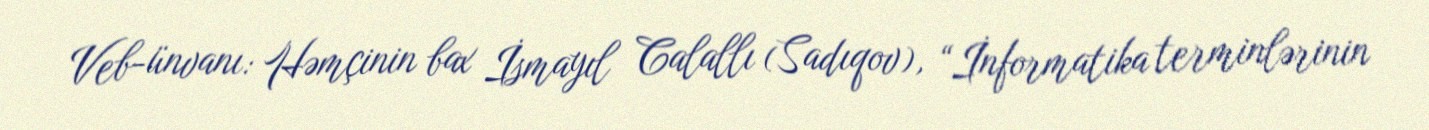
Veb-ünvanı: Həmçinin bax İsmayıl Calallı (Sadıqov), “İnformatika terminlərinin